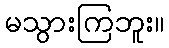
မသွားကြဘူး။